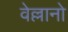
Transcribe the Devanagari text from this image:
वेल्लानो